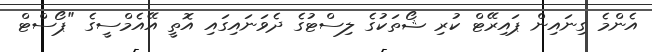
އެންމެ ގިނައިން ޕައިރޭޓް ކުރި ޝޯތަކުގެ ލިސްޓުގެ ދެވަނައިގައި އޮތީ އޭއެމްސީގެ "ޕޯސްޓް